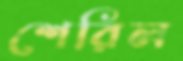
শেরিল